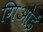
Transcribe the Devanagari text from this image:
गिओई